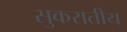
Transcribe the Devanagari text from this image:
सुकरातीय